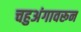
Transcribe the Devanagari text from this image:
चहुअंगावरून